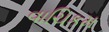
વાચિકમ